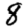
Digit: 8